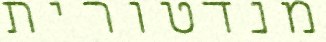
מנדטורית